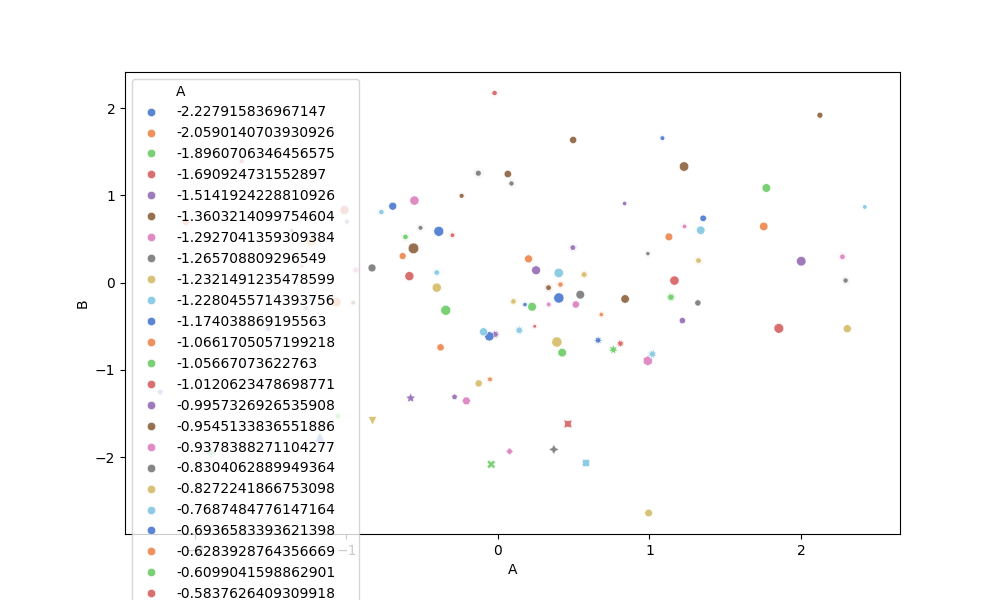
python, seaborn, scatterplot, hue='A', style='B', size='C', palette='muted', alpha=0.9